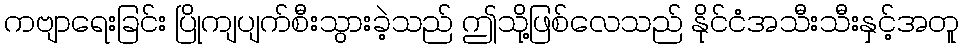
ကဗျာရေးခြင်း ပြိုကျပျက်စီးသွားခဲ့သည် ဤသို့ဖြစ်လေသည် နိုင်ငံအသီးသီးနှင့်အတူ